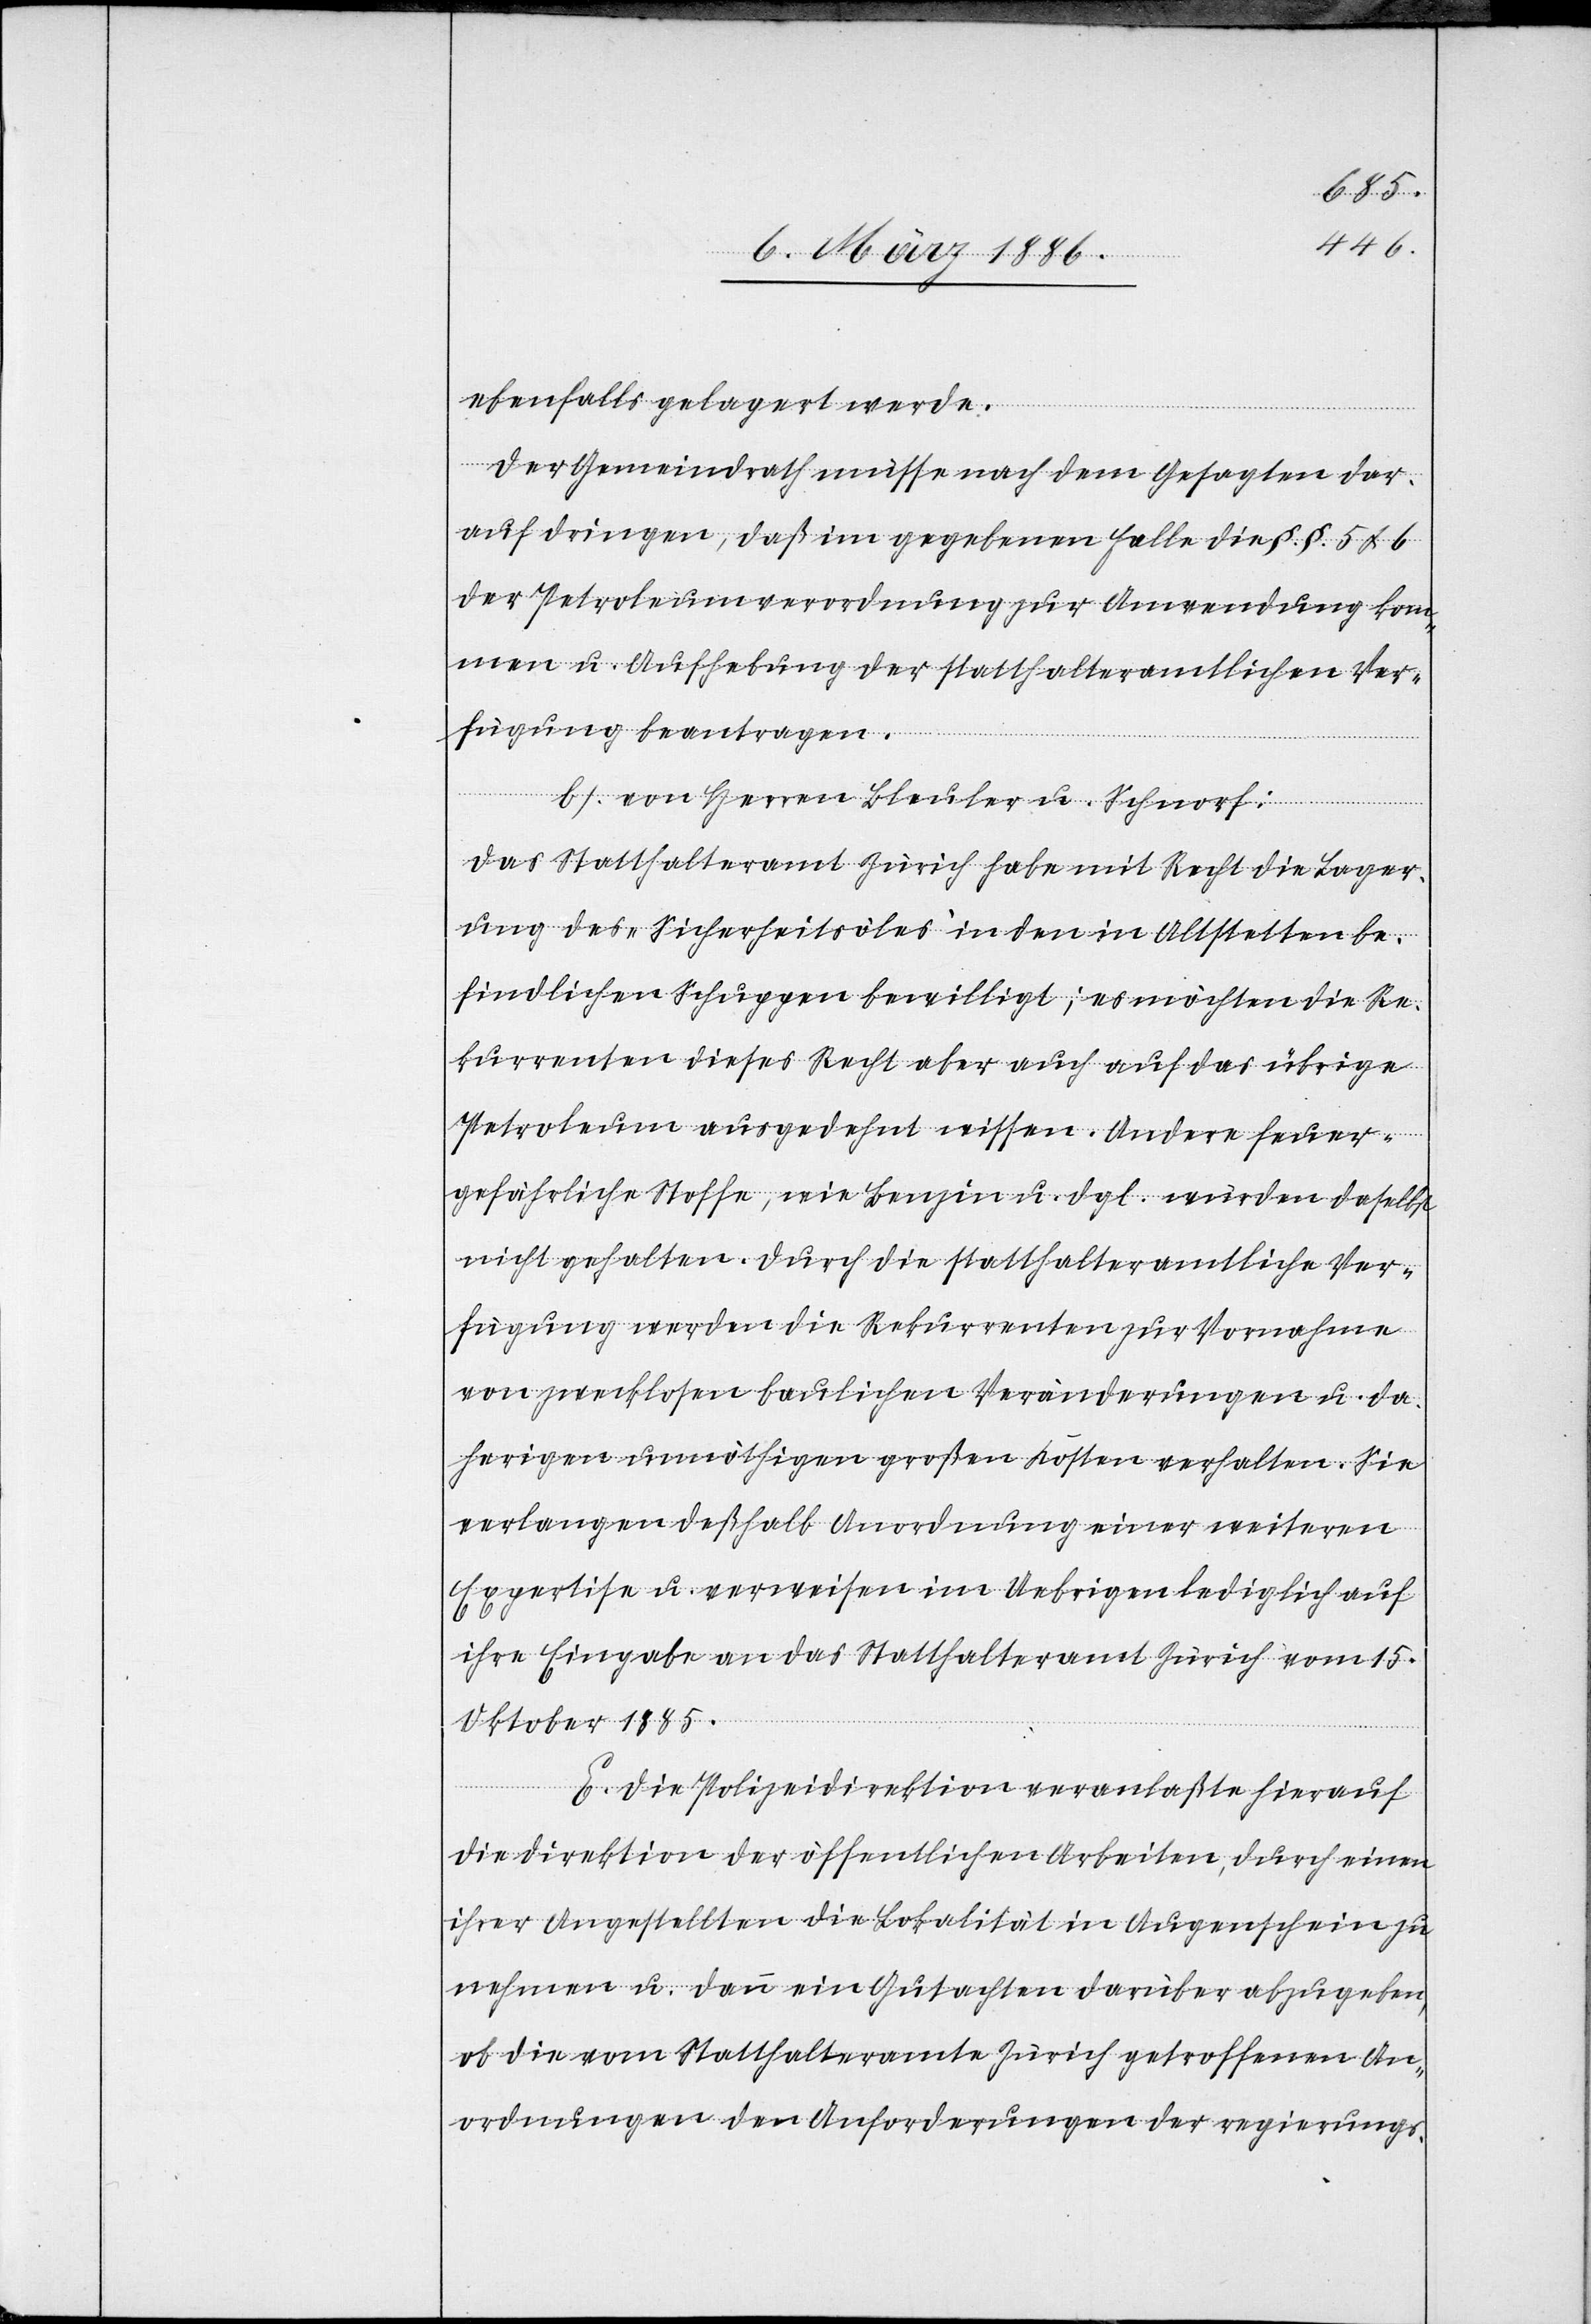
ebenfalls gelagert werde.
Der Gemeindrath müsse nach dem Gesagten dar¬
auf dringen, daß im gegebenen Falle die §. §. 5 & 6
der Petroleumverordnung zur Anwendung kom¬
men u. Aufhebung der statthalteramtlichen Ver¬
fügung beantragen.
b). Von Herren Bleuler u. Schnorf:
Das Statthalteramt Zürich habe mit Recht die Lager¬
ung des „Sicherheitsöles“ in den in Altstetten be¬
findlichen Schuppen bewilligt; es möchten die Re¬
kurrenten dieses Recht aber auch auf das Uebrige
Petroleum ausgedehnt wissen. Andere feuer¬
gefährliche Stoffe, wie Benzin u. dgl. würden daselbst
nicht gehalten. Durch die statthalteramtliche Ver¬
fügung werden die Rekurrenten zur Vornahme
von zwecklosen baulichen Veränderungen u. da¬
herigen unnöthigen großen Kosten verhalten. Sie
verlangen deßhalb Anordnung einer weiteren
Expertise u. verweisen im Uebrigen lediglich auf
ihre Eingabe an das Statthalteramt Zürich vom 15.
Oktober 1885.
E. Die Polizeidirektion veranlaßte hierauf
die Direktion der öffentlichen Arbeiten, durch eine
ihrer Angestellten die Lokalität in Augenschein zu
nehmen u. dann ein Gutachten darüber abzugeben,
ob die vom Statthalteramt Zürich getroffenen An¬
ordnungen den Anforderungen der regierungs-